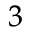
^ { 3 }